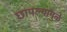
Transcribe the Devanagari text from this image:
छापल्यामुळे